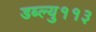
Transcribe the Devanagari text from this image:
डब्ल्यु११३